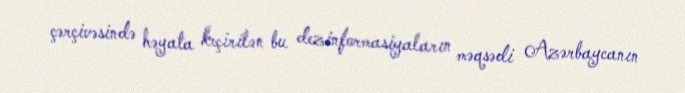
çərçivəsində həyata keçirilən bu dezinformasiyaların məqsədi Azərbaycanın